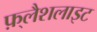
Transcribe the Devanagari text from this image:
फ़्लैशलाइट